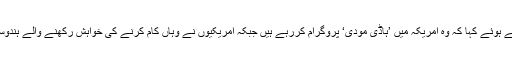
انہوں نے وزیر اعظم نریندر مودی پر نشانہ لگاتے ہوئے کہا کہ وہ امریکہ میں ’ہاڈی مودی‘ پروگرام کررہے ہیں جبکہ امریکیوں نے وہاں کام کرنے کی خواہش رکھنے والے ہندوستانیوں کو ایچ بی 1 ویزا کی تعداد کم کر دی ہے۔